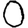
Digit: 0